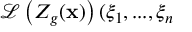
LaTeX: \mathcal { L } \left( Z _ { g } ( \mathbf { x } ) \right) ( \xi _ { 1 } , . . . , \xi _ { n }